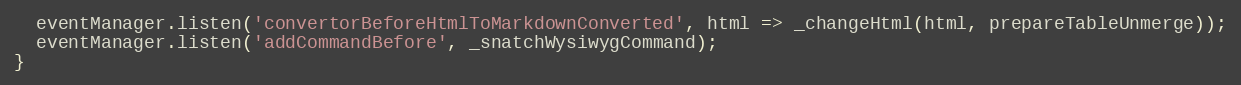
Language: JavaScript
  eventManager.listen('convertorBeforeHtmlToMarkdownConverted', html => _changeHtml(html, prepareTableUnmerge));
  eventManager.listen('addCommandBefore', _snatchWysiwygCommand);
}